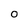
Character: 0